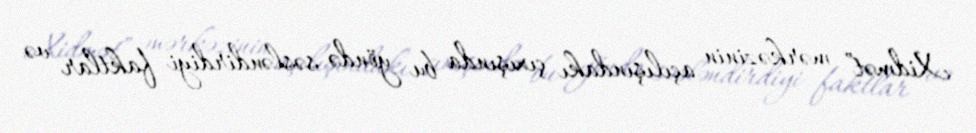
Xidmət” mərkəzinin açılışındakı çıxışında bu yöndə səsləndirdiyi faktlar və